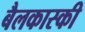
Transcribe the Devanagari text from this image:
बैलकास्की